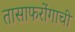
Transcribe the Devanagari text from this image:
तासाफरोंगाची